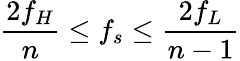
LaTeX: {\frac{2f_{H}}{n}}\leq f_{s}\leq{\frac{2f_{L}}{n-1}}